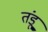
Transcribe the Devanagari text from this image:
तंडू